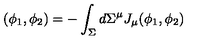
( \phi _ { 1 } , \phi _ { 2 } ) = - \int _ { \Sigma } d \Sigma ^ { \mu } J _ { \mu } ( \phi _ { 1 } , \phi _ { 2 } )